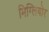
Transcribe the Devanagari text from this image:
मिग्लियोर